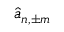
\hat { a } _ { n , \pm m }